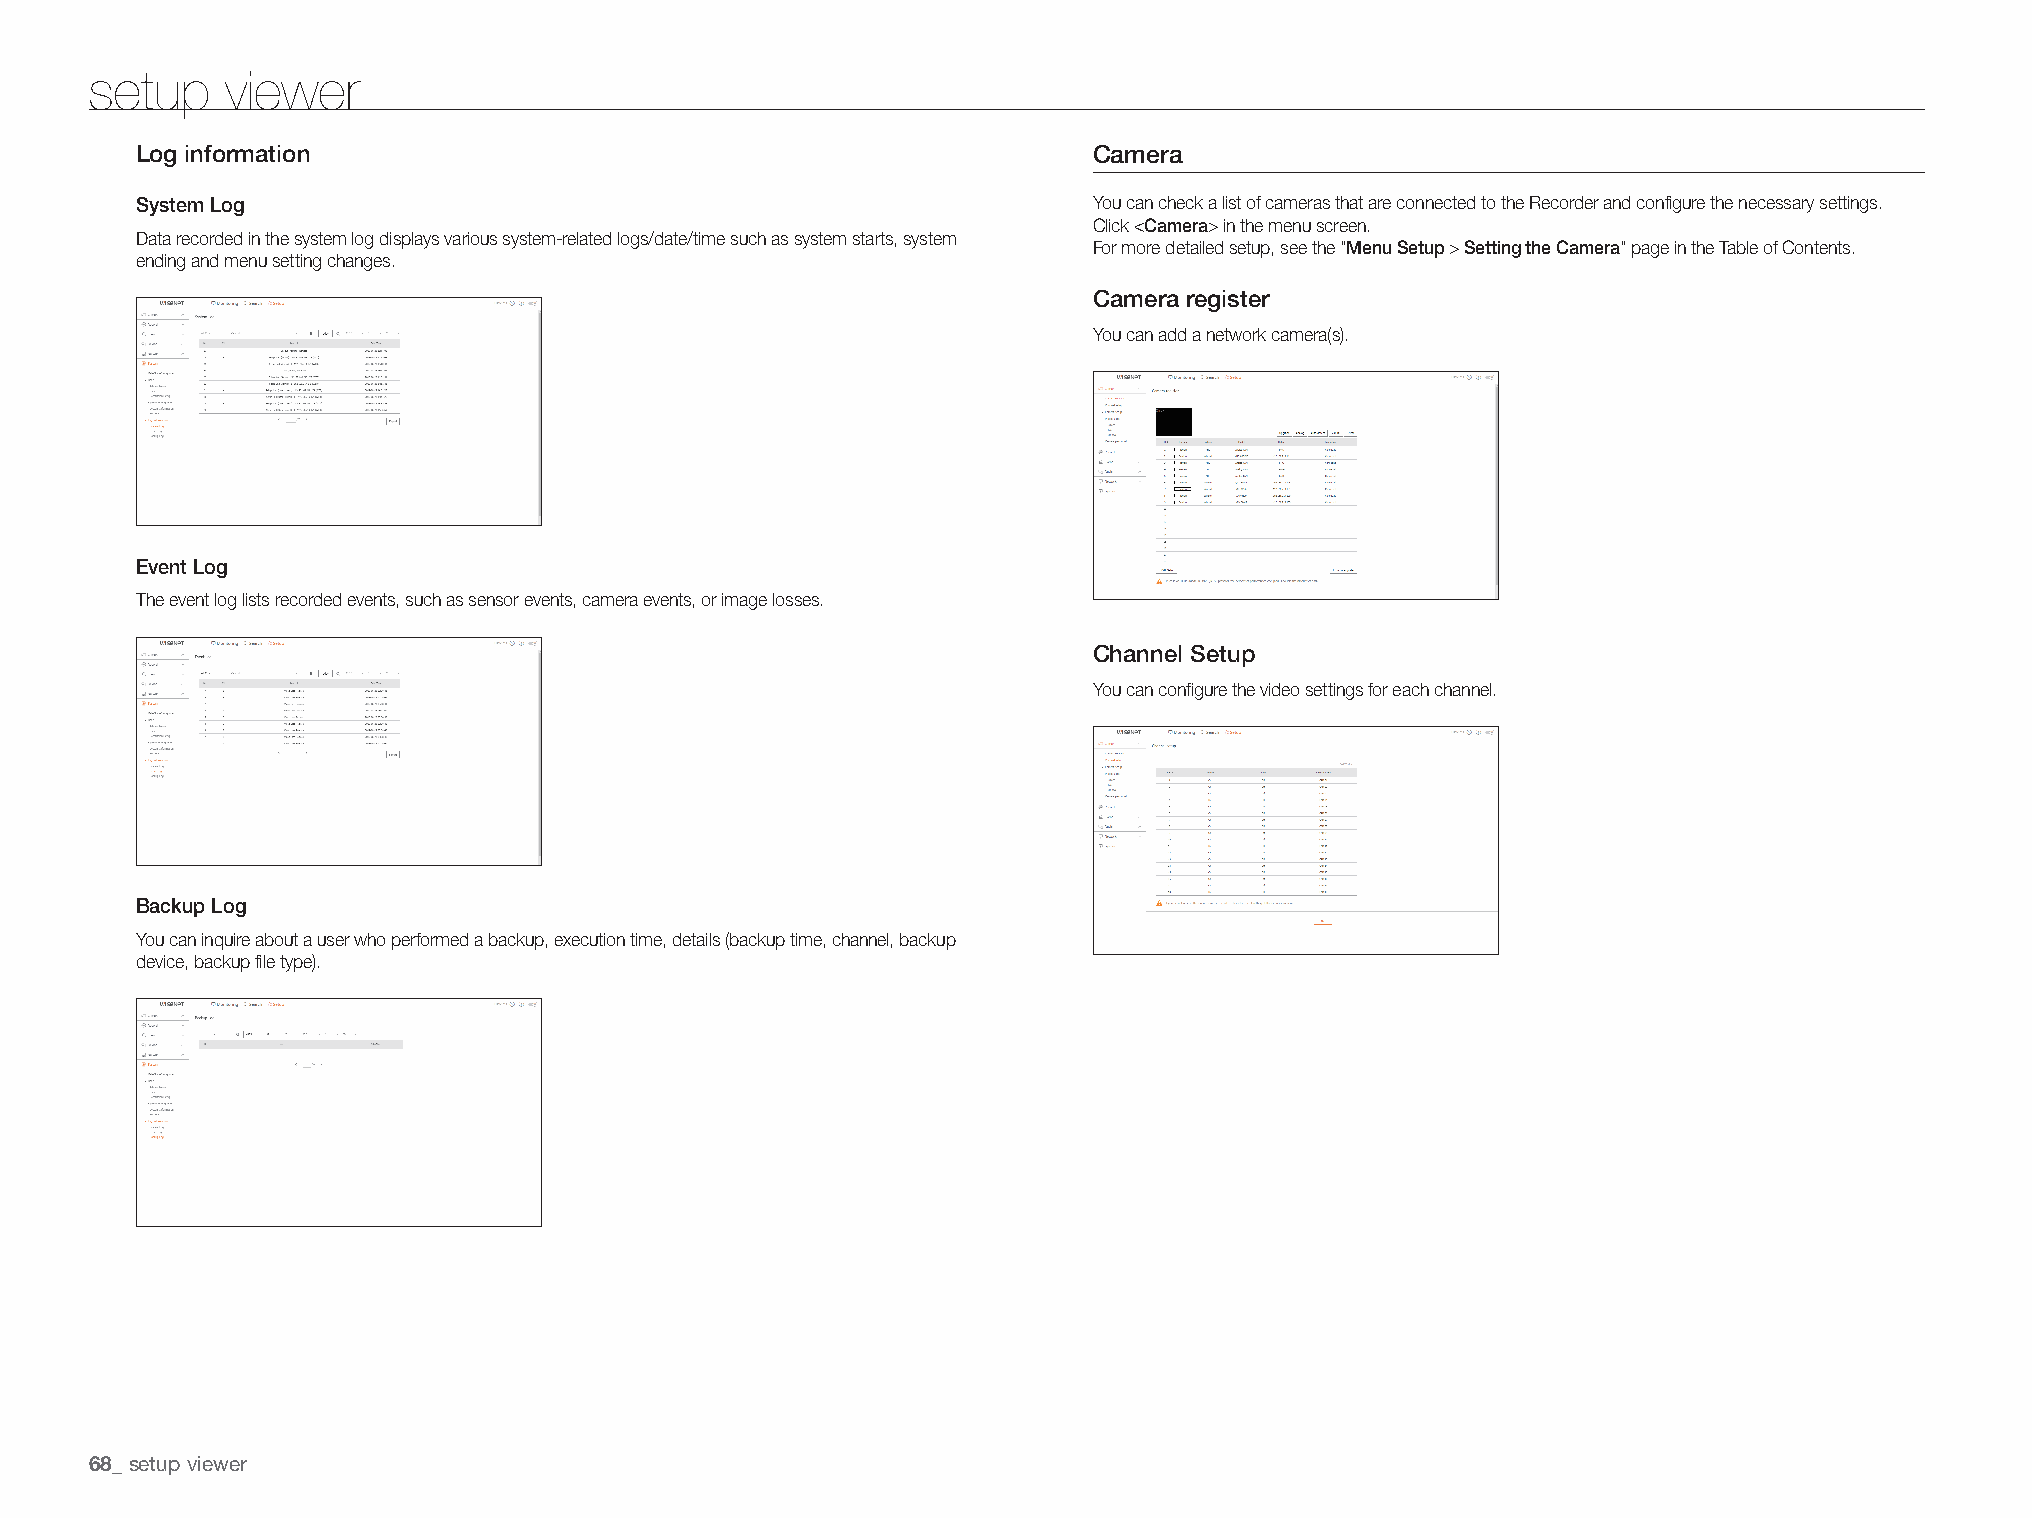
setup    viewer
 Log information                                                Camera
 You can check a list of cameras that are connected to the Recorder and configure the necessary settings.
 System Log
 Click <Camera> in the menu screen.
 Data recorded in the system log displays various system-related logs/date/time such as system starts, system
 For more detailed setup, see the "Menu Setup > Setting the Camera" page in the Table of Contents.
 ending and menu setting changes.
 Camera register
 You can add a network camera(s).
 Event Log
 The event log lists recorded events, such as sensor events, camera events, or image losses.
 Channel Setup
 You can configure the video settings for each channel.
 Backup Log
 You can inquire about a user who performed a backup, execution time, details (backup time, channel, backup
 device, backup file type).
 setup viewer
 68_